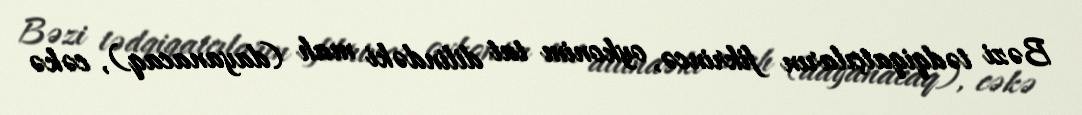
Bəzi tədqiqatçıların fikrincə, oykonim tat dilindəki mah (dayanacaq), cəkə